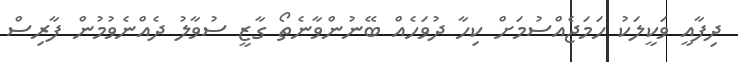
ދިފާއީ ވަކީލަކު ހަމަޖެއްސުމަށް ކިހާ ދުވަހެއް ބޭނުންވާނެތޯ ގާޒީ ސުވާލު ދެއްނެވުމުން ފާރިސް